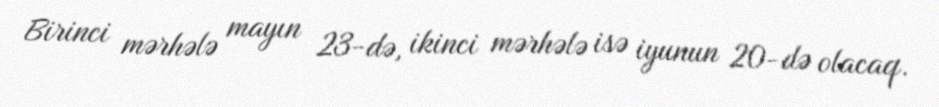
Birinci mərhələ mayın 23-də, ikinci mərhələ isə iyunun 20-də olacaq.